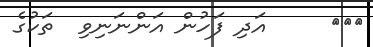
١٢٩     އަދި ފަހުން އަންނަނިވި  ތަކުގެ